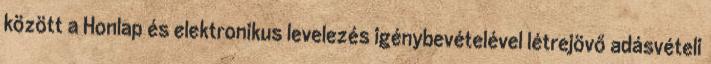
között a Honlap és elektronikus levelezés igénybevételével létrejövő adásvételi